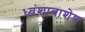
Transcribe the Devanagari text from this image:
ध्वंशावाशेष